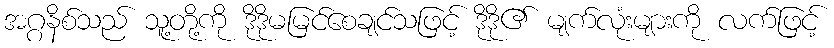
အဂ္ဂနိစ်သည် သူ့တို့ကို ဒိုဒိုမမြင်စေချင်သဖြင့် ဒိုဒို၏ မျက်လုံးများကို လက်ဖြင့်